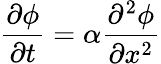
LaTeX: \frac{\partial\phi}{\partial t}=\alpha\frac{\partial^{2}\phi}{\partial x^{2}}